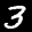
Label: 3